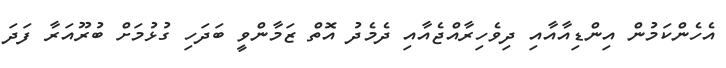
އެހެންކަމުން އިންޑިއާއާއި ދިވެހިރާއްޖެއާއި ދެމެދު އޮތް ޒަމާންވީ ބަދަހި ގުޅުމަށް ބުރޫއަރާ ފަދަ